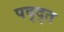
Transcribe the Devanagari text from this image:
पद्द्त